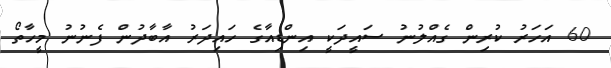
60 އަހަރު ކުރިން ގެއްލުނު ސައީދަކީ އިންޑިއާގެ ހައިދަރު އާބާދުން ފެނުނު މީހާތޯ